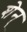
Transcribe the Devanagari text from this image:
शेन्